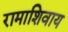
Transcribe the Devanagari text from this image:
रामाशिवाय